Reports on military cantonments and civil stations in the Presidency of Bombay inspected by the Sanitary Commissioner in the years 1875 and 1876
Year: 1875
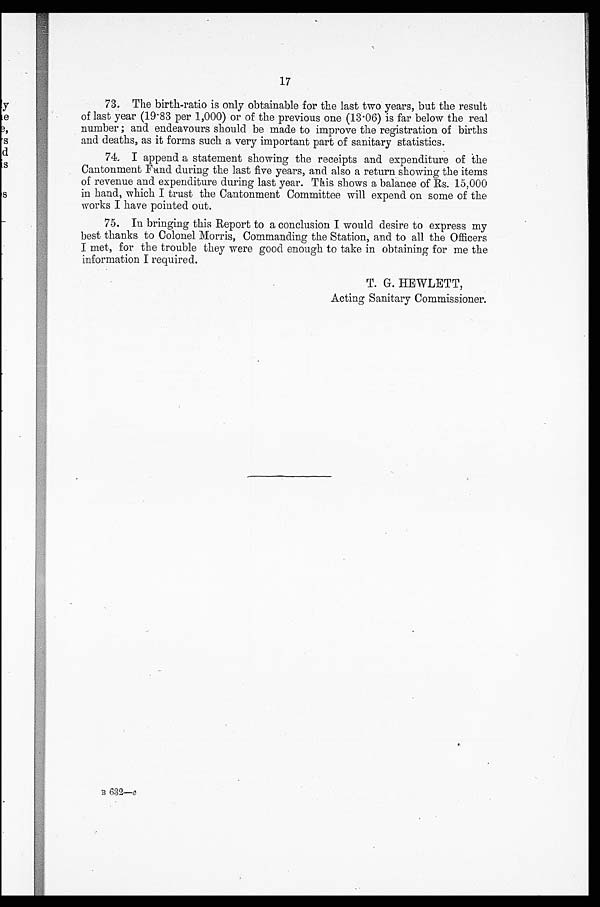
17
73. The birth-ratio is only obtainable for the last two years, but the result
of last year (19.83 per 1,000) or of the previous one (13.06) is far below the real
number ; and endeavours should be made to improve the registration of births
and deaths, as it forms such a very important part of sanitary statistics.
74. I append a statement showing the receipts and expenditure of the
Cantonment Fund during the last five years, and also a return showing the items
of revenue and expenditure during last year. This shows a balance of Rs. 15,000
in hand, which I trust the Cantonment Committee will expend on some of the
works I have pointed out.
75. In bringing this Report to a conclusion I would desire to express my
best thanks to Colonel Morris, Commanding the Station, and to all the Officers
I met, for the trouble they were good enough to take in obtaining for me the
information I required.
T. G. HEWLETT,
Acting Sanitary Commissioner.
B 632—e